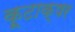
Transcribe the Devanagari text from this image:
कूटाक्षर